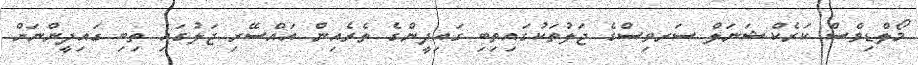
މޯލްޑިވްސް ކަރެކްޝަނަލް ސަރވިސްގެ ޖަލުތަކުގައިތިބި ގައިދީންގެ ތެރެއިން އައްސޭރި ޖަލުގައި ތިބި ގައިދީންނަށް